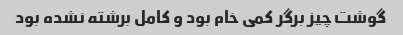
گوشت چیز برگر کمی خام بود و کامل برشته نشده بود